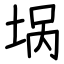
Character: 埚